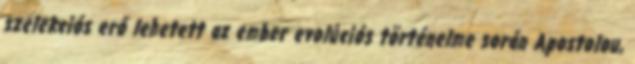
szelekciós erő lehetett az ember evolúciós történelme során Apostolou,